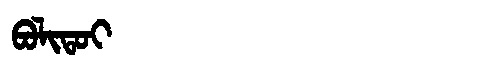
Manchu: ᠪᠣᠯᡳᡨᠣᡳ
Romanization: BOLITOI